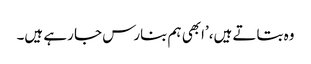
وہ بتاتے ہیں،’ابھی ہم بنارس جا رہے ہیں۔